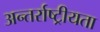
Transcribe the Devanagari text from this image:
अन्तर्राष्ट्रीयता